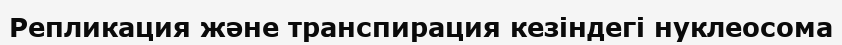
Репликация және транспирация кезіндегі нуклеосома